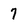
Character: 7